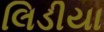
લિડીયા